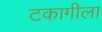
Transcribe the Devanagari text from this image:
टकागीला